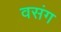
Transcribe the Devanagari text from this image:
वसंग